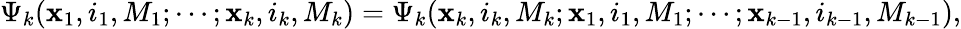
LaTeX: \Psi_{k}({\mathbf x}_{1},i_{1},M_{1};\cdots;{\mathbf x}_{k},i_{k},M_{k})=\Psi_{k}({\mathbf x}_{k},i_{k},M_{k};{\mathbf x}_{1},i_{1},M_{1};\cdots;{\mathbf x}_{k-1},i_{k-1},M_{k-1}),